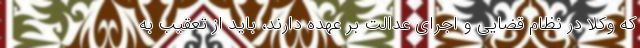
که وکلا در نظام قضایی و اجرای عدالت بر عهده دارند، باید از تعقیب به